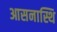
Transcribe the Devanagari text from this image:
आसनास्थि